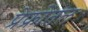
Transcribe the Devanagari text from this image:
प्रेफ्रोंतल